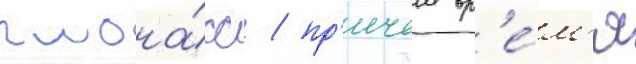
глона́сс / пр'ичем вр'е́м'я